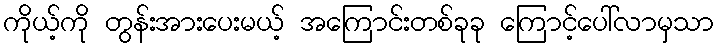
ကိုယ့်ကို တွန်းအားပေးမယ့် အကြောင်းတစ်ခုခု ကြောင့်ပေါ်လာမှသာ